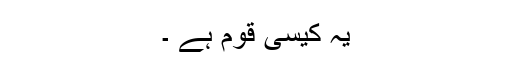
یہ کیسی قوم ہے ۔